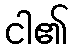
ငါ၏